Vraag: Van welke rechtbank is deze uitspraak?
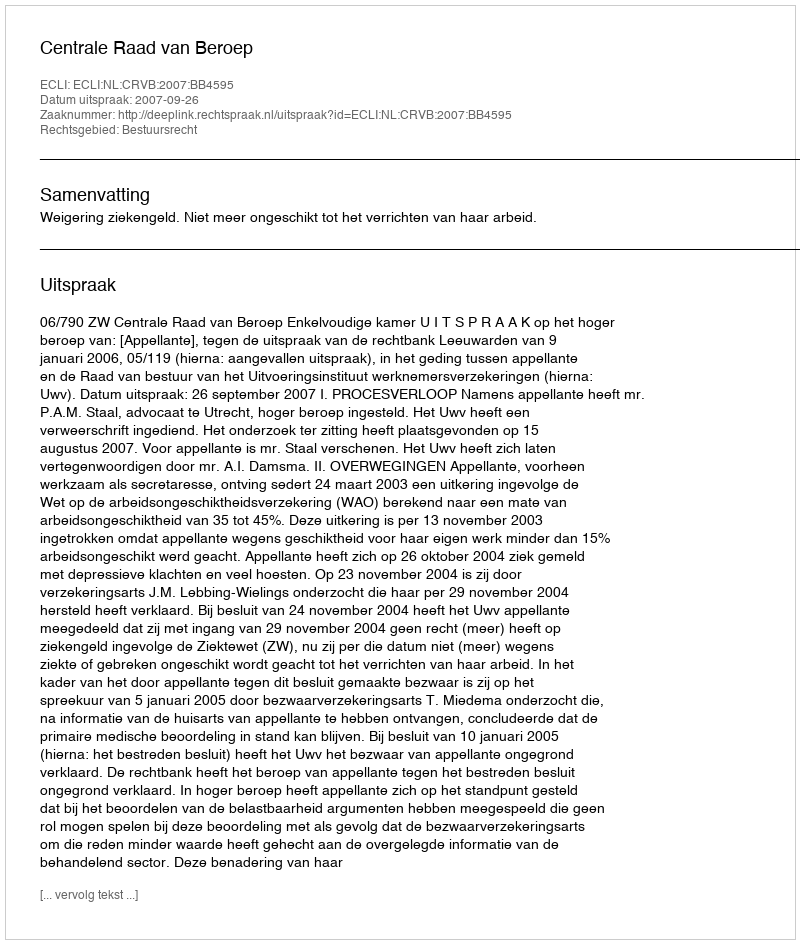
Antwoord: Centrale Raad van Beroep